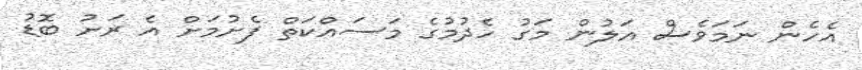
އެހެން ނަމަވެސް އަލުން މަގު ހެދުމުގެ މަސައްކަތް ފެށުމަށް އެ ރަށު ބޮޑު